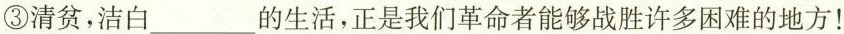
③清贫，洁白___的生活，正是我们革命者能够战胜许多困难的地方！